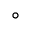
^ \circ